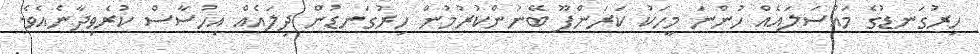
ހިރުގަނޑުގެ މައްސަލައެއް ހުންނަ މީހަކު ކަރަންފޫ ބޭނުންކުރުމުން ހިރުގަނޑުން ދިލައެއް އިހުސާސް ކުރެވިދާނެއެވެ.